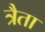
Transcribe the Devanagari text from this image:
त्रैता